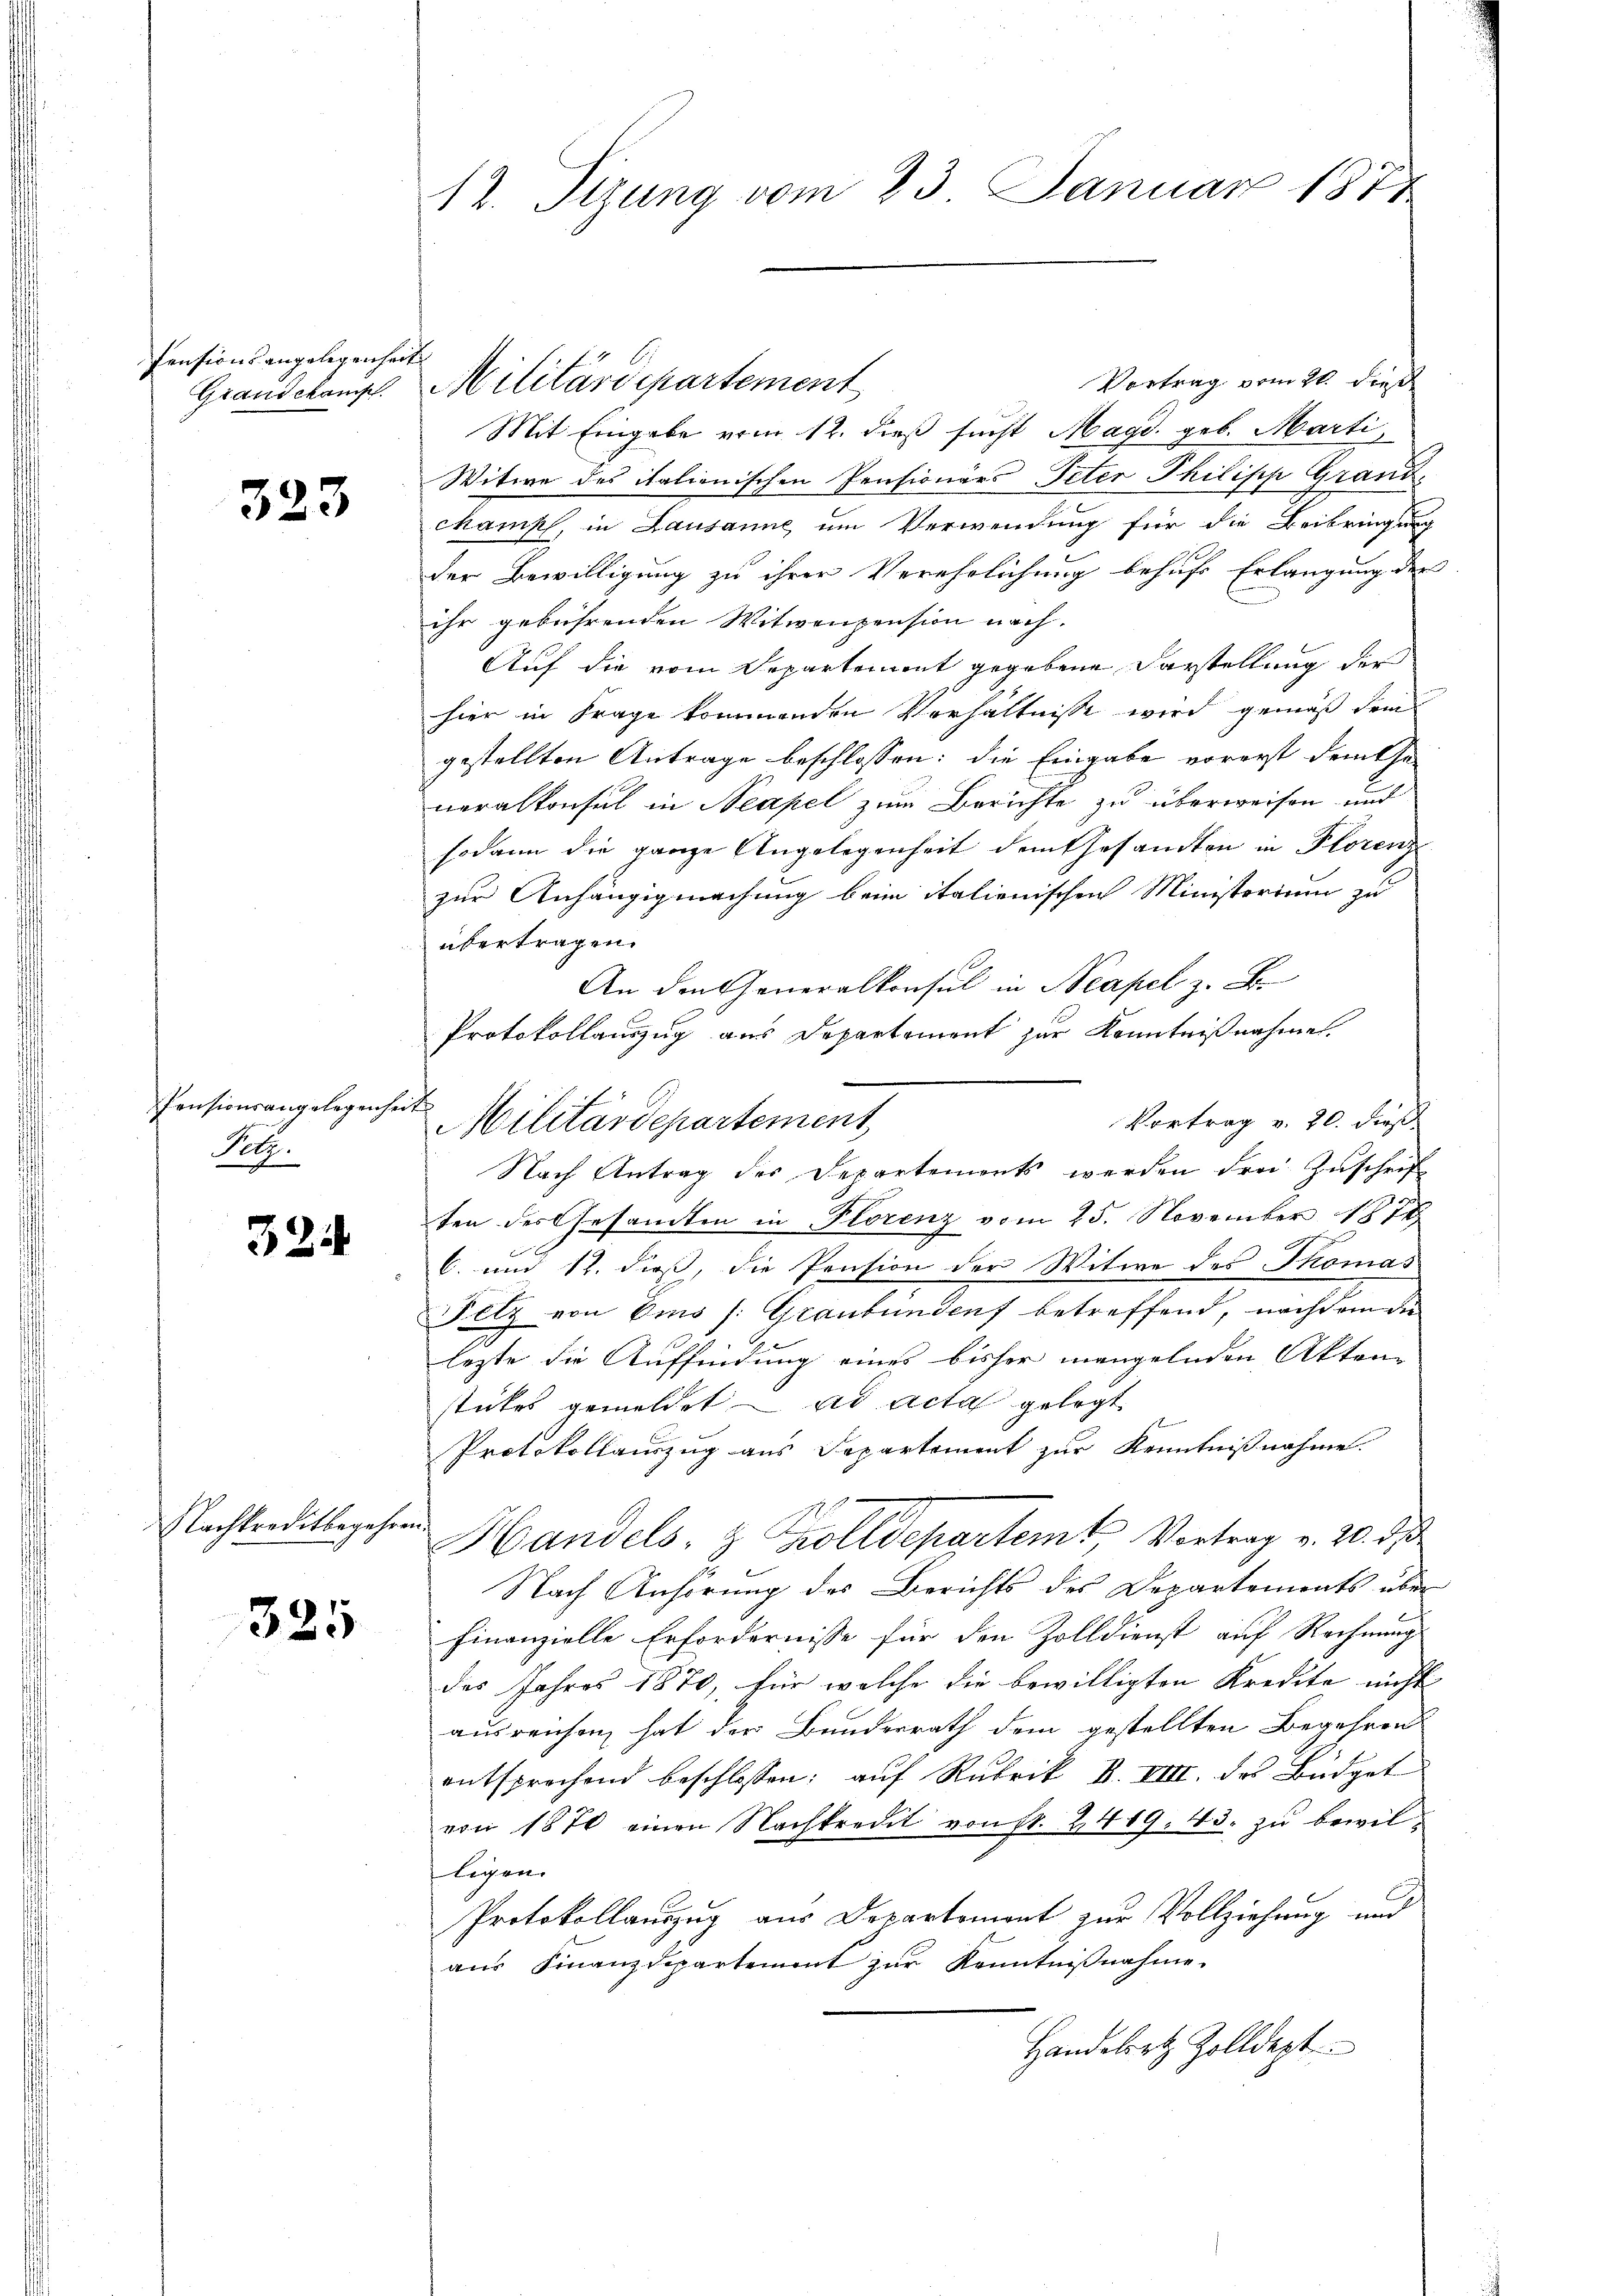
Pensionsangelegenheit
Grandekamsch

323

ensionsangelegenheit
Pelz.

324

Nachkreditbegehren.

325

12. Tizung vom 23. Januar 1874

Vortrag vom 21. dieß
Mit Eingabe vom 12. dieß sucht Magd. geb. Marti,
Witwe des italienischen Pensionärs Peter Philisch Grand-
ckampf, in Lausanne, um Verwendung für die Beibringung
der Bewilligung zu ihrer Verehelichung behufs Erlangung der
ihr gebührenden Witwenzension nach.
Auf die vom Departement gegebene Darstellung der
hier in Frage kommenden Verhältnisse wird gemäß dem
gestellten Antrage beschlossen: die Eingabe vorerst dem Generalkonsul in Neapel zum Berichte zu überweisen und
sodann die ganze Angelegenheit dem Gesandten in Florenz
zur Anhängigmachung beim italienischen Ministerium zu
übertragen.
An den Generalkonsul in Neapel z. B.
Protokollauszug aus Departement zur Kenntnißnahmen.
Vortrag v. 20. dieß
Nach Antrag der Departements werden drei Zuschrift
ten des Gesamten in Plorenz vom 25. November 1874.
C. und 12. dieß, die Pension der Witwe des Thomas
Fetz von Ems /: Graubünden betreffend, nachdem die
lezte die Auffindung eines bisher mangelnden Akten
stückes gemeldet ad acta gelegt
Protokollauszug aus Departement zur Kenntnißnahme.
A. E.
Handels- & Zolldepartem Vortrag v. 20. d.
No
Nach Anhörung des Berichts des Departements über
finanzielle Erfordernisse für den Zolldienst auf Rechnung
des Jahres 1870, für welche die bewilligten Kredite nicht |
ausreichen hat der Bunderrath dem gestellten Begehren
entsprechend beschlossen: auf Rubrik B. VIII. des Büdget
von 1870 einen Nachkredit von fr. 2419. 43. zu bewil¬
Leigen
Protokollauszug aus Departemont zur Vollziehung und
aus Finanzdepartement zur Kenntnißnahme.
Handelst Zolldept

Militärdepartement

Militärdepartement